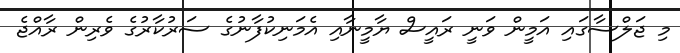
މި ޖަލްސާގައި އަމީން ވަނީ ރައީސް ޔާމީނާއި އެމަނިކުފާނުގެ ސަރުކާރުގެ ވެރިން ރާއްޖެ